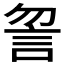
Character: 𧥲